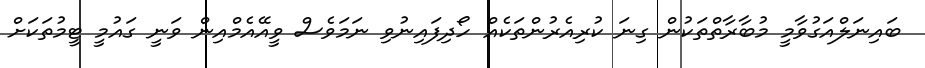
ބައިނަލްއަގުވާމީ މުބާރާތްތަކުން ގިނަ ކުރިއެރުންތަކެއް ހޯދިފައިނުވި ނަމަވެސް ވީއޭއެމްއިން ވަނީ ގައުމީ ޓީމުތަކަށް